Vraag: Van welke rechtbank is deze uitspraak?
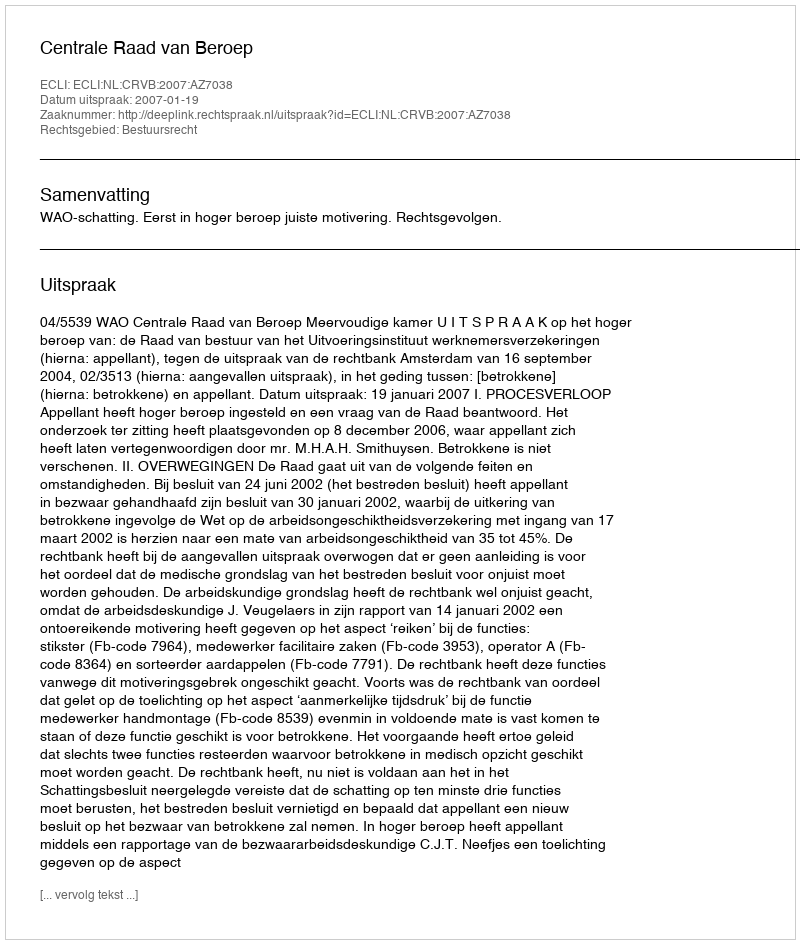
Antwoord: Centrale Raad van Beroep